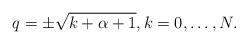
LaTeX: \begin{gather*}q = \pm\sqrt{k+ \alpha+1}, k=0,\dots, N.\end{gather*}